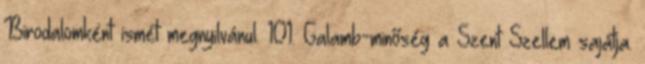
Birodalomként ismét megnyilvánul. 101. Galamb-minőség a Szent Szellem sajátja.